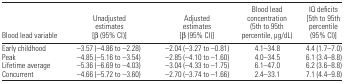
<table><thead><tr><td><b>Blood lead variable</b></td><td><b>Unadjusted estimates [β(95% CI)]</b></td><td><b>Adjusted estimates [β(95% CI)]</b></td><td><b>Blood lead concentration (5th to 95th percentile, μg/dL)</b></td><td><b>IQ deficits [5th to 95th percentile (95% CI)]</b></td></tr></thead><tbody><tr><td>Early childhood</td><td>−3.57 (−4.86 to −2.28)</td><td>−2.04 (−3.27 to −0.81)</td><td>4.1–34.8</td><td>4.4 (1.7–7.0)</td></tr><tr><td>Peak</td><td>−4.85 (−5.16 to −3.54)</td><td>−2.85 (−4.10 to −1.60)</td><td>4.0–34.5</td><td>6.1 (3.4–8.8)</td></tr><tr><td>Lifetime average</td><td>−5.36 (−6.69 to −4.03)</td><td>−3.04 (−4.33 to −1.75)</td><td>6.1–47.0</td><td>6.2 (3.6–8.8)</td></tr><tr><td>Concurrent</td><td>−4.66 (−5.72 to −3.60)</td><td>−2.70 (−3.74 to −1.66)</td><td>2.4–33.1</td><td>7.1 (4.4–9.8)</td></tr></tbody></table>